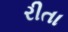
રીતા